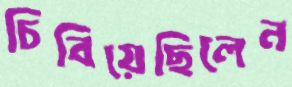
চিবিয়েছিলেন